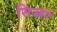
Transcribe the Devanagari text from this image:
सिआर